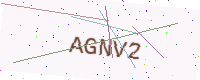
Text: AGNV2